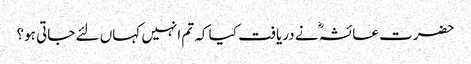
حضرت عائشہؓ نے دریافت کیا کہ تم انہیں کہاں لئے جاتی ہو؟